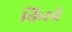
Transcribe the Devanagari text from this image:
किरवे